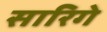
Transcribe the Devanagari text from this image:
सारिगे